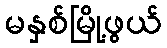
မနှစ်မြို့ဖွယ်